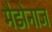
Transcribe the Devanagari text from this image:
मैडोनाज